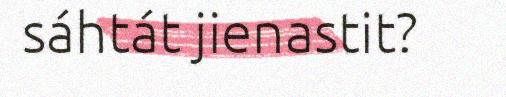
sáhtát jienastit?